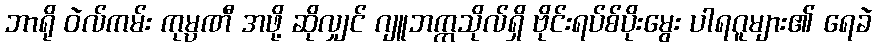
ဘာရို ဝဲလ်ကမ်း ကုမ္ပဏီ အဖို့ ဆိုလျှင် ဂျူဘက္ကသိုလ်ရှိ ဗိုင်းရပ်စ်ပိုးမွေး ပါရဂူများ၏ ရေခဲ